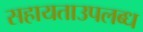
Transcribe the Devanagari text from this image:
सहायताउपलब्ध